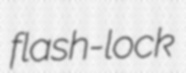
flash-lock